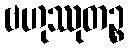
ဗဟုဿုတဉ္စ